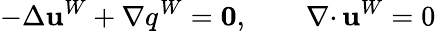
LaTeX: -\Delta{\mathbf u}^{W}+\nabla q^{W}={\mathbf 0},\qquad{{\nabla\cdot}\, }{\mathbf u}^{W}=0